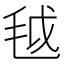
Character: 𱥟